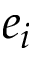
e _ { i }